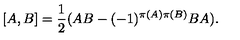
[ A , B ] = \frac { 1 } { 2 } ( A B - ( - 1 ) ^ { \pi ( A ) \pi ( B ) } B A ) .